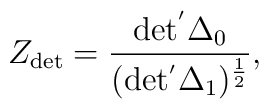
Z_{\rm det}=\frac{\rm det^{'}\Delta_{0} }{(\rm det^{'}\Delta_{1})^\frac{1}{2}},